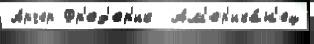
Арчер Фр'ед'ер'ик  Ам'ер'ика́н'ец